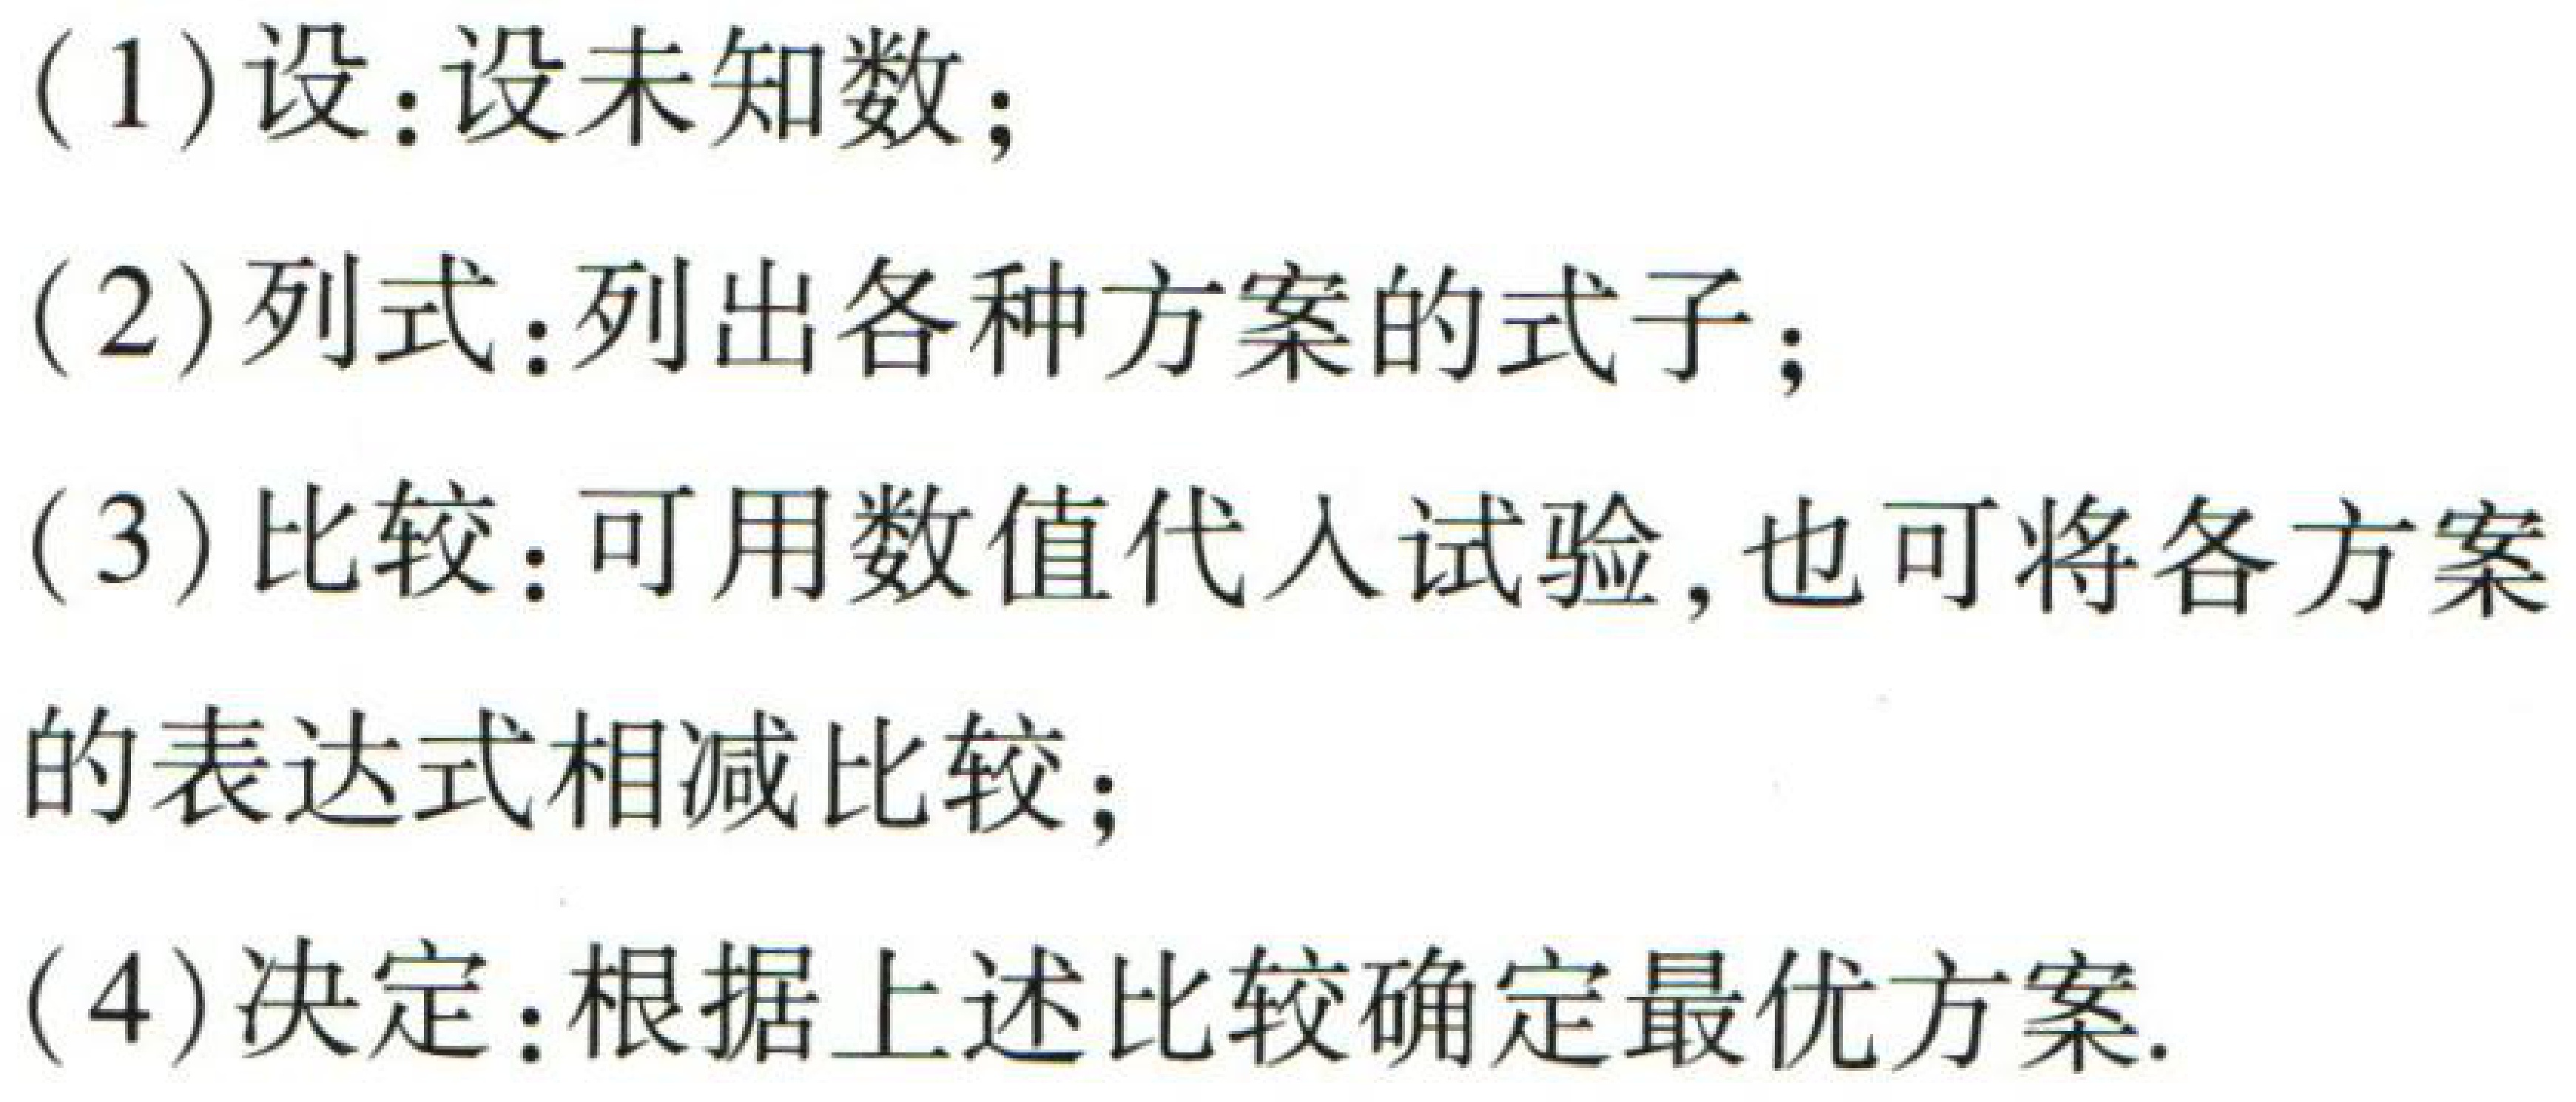
(1) 设：设未知数；

(2) 列式：列出各种方案的式子；

(3) 比较：可用数值代入试验，也可将各方案的表达式相减比较；

(4) 决定：根据上述比较确定最优方案.